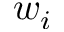
w _ { i }